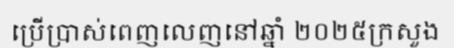
ប្រើប្រាស់ពេញលេញនៅឆ្នាំ ២០២៥ក្រសួង